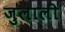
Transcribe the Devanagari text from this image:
जुलाली